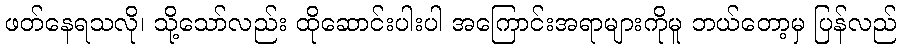
ဖတ်နေရသလို၊ သို့သော်လည်း ထိုဆောင်းပါးပါ အကြောင်းအရာများကိုမူ ဘယ်တော့မှ ပြန်လည်